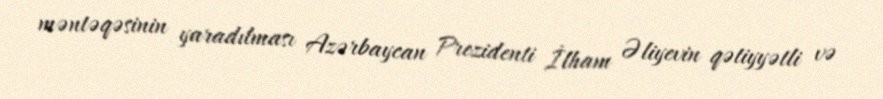
məntəqəsinin yaradılması Azərbaycan Prezidenti İlham Əliyevin qətiyyətli və